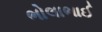
ભોલાભાઈ